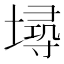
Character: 𡏷